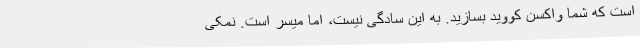
است که شما واکسن کووید بسازید. به این سادگی نیست، اما میسر است. نمکی